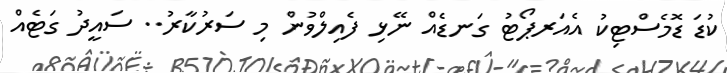
ކުޑަ ޑޮމެސްޓިކު އެއަރޕޯޓު ގަނޑެއް ނޭޅި ފެއިލްވުން މި ސަރުކާރު.. ސައީދު ގަޓެއް